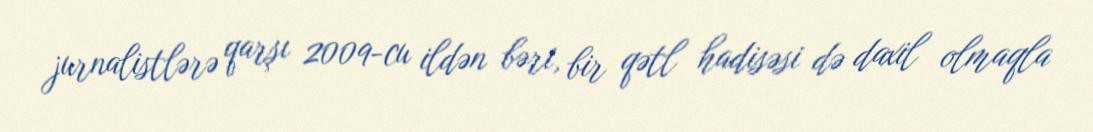
jurnalistlərə qarşı 2009-cu ildən bəri, bir qətl hadisəsi də daxil olmaqla